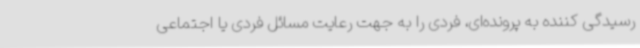
رسیدگی کننده به پرونده‌ای، فردی را به جهت رعایت مسائل فردی یا اجتماعی